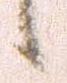
候